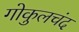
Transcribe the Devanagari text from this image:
गोकुलचंद